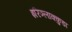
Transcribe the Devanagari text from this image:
इरिञ्लाक्कुडा